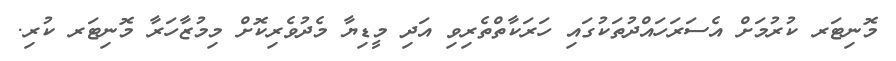
މޮނިޓަރ ކުރުމަށް އެސަރަހައްދުތަކުގައި ހަރަކާތްތެރިވި އަދި މީޑިޔާ މެދުވެރިކޮށް މިމުޒާހަރާ މޮނިޓަރ ކުރި.